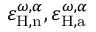
\varepsilon _ { \mathrm { H , n } } ^ { \omega , \alpha } , \varepsilon _ { \mathrm { H , a } } ^ { \omega , \alpha }